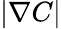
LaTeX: |\nabla C|